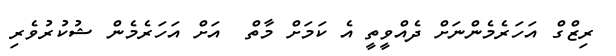
ރިޒްގް އަހަރެމެންނަށް ދެއްވީތީ އެ ކަމަށް މާތް  އަށް އަހަރެމެން ޝުކުރުވެރި